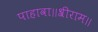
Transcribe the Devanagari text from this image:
पाहावा॥श्रीराम॥